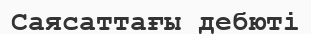
Саясаттағы дебюті